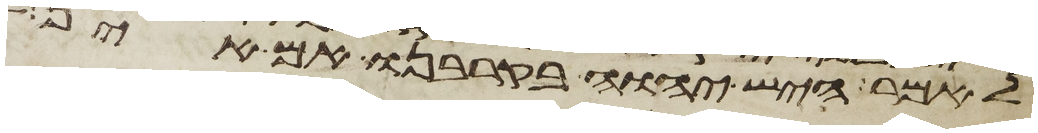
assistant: לאמר היש יהוה בקרבנו אם אין